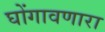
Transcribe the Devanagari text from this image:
घोंगावणारा